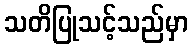
သတိပြုသင့်သည်မှာ